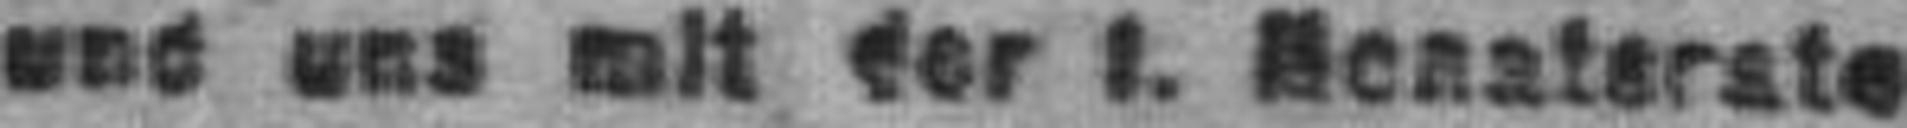
und uns mit der l. Monaterate